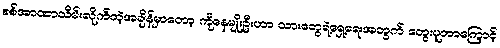
စစ်အာဏာသိမ်းလိုက်တဲ့အချိန်မှာတော့ ကိုနေမျိုးဦးဟာ သားတွေရဲ့ရှေ့ရေးအတွက် တွေးပူတာကြောင့်